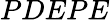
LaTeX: PDEPE